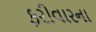
ફરીવારના